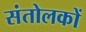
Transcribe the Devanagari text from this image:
संतोलकों